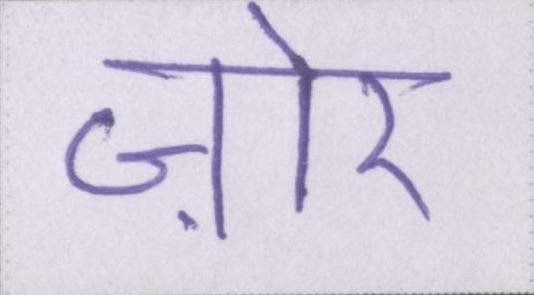
ज़ोर